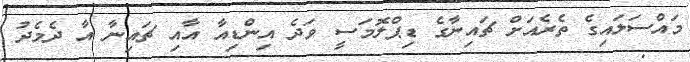
މައްސަލައިގެ ތެރެއަށް ޗައިނާގެ ޑިޕްލޮމަސީ ވަދެ އިންޑިއާ އާއި ޗައިނާ އާ ދެމެދު